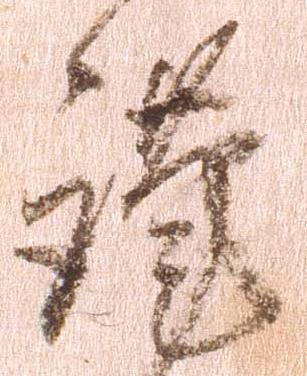
謹